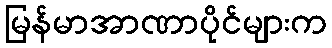
မြန်မာအာဏာပိုင်များက